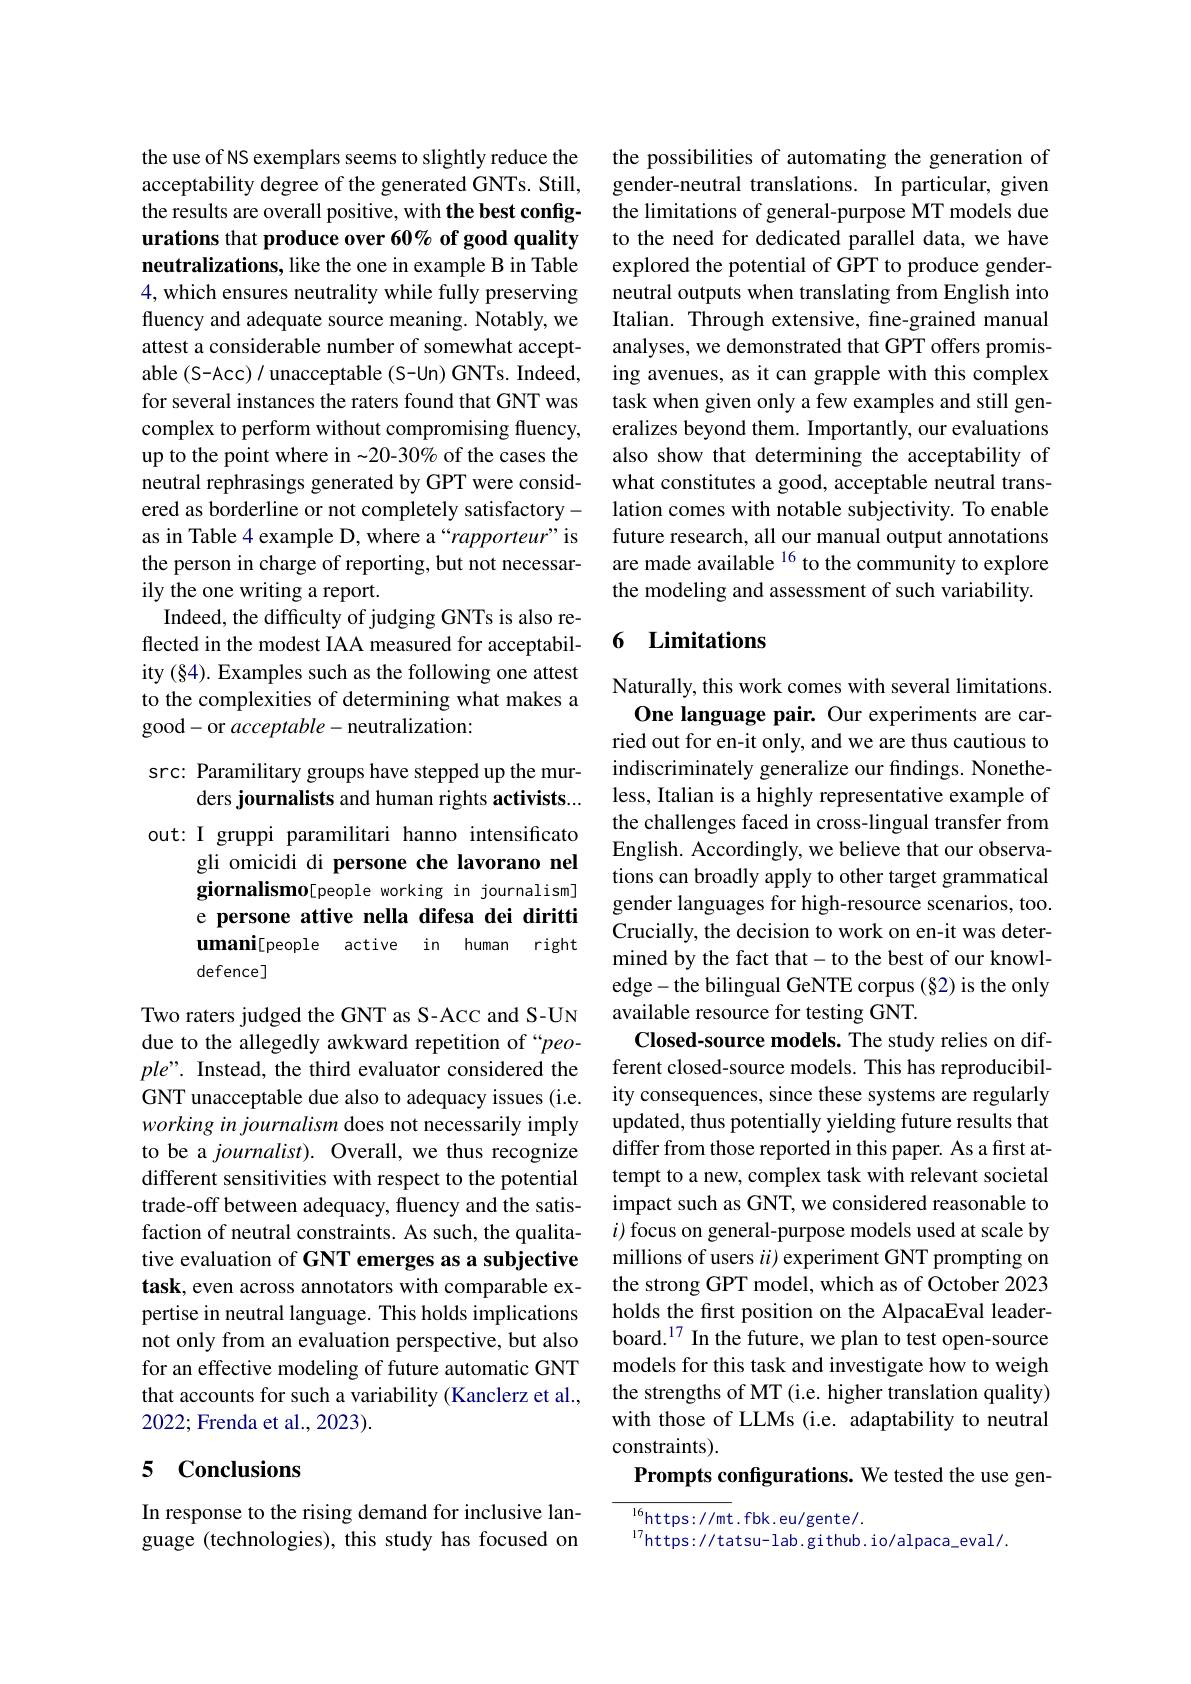
the use of NS exemplars seems to slightly reduce the acceptability degree of the generated GNTs. Still, the results are overall positive, with the best configurations that produce over 60% of good quality neutralizations, like the one in example B in Table 4, which ensures neutrality while fully preserving fluency and adequate source meaning. Notably, we attest a considerable number of somewhat acceptable (S-Acc) / unacceptable (S-Un) GNTs. Indeed, for several instances the raters found that GNT was complex to perform without compromising fluency, up to the point where in -20-30% of the cases the neutral rephrasings generated by GPT were considered as borderline or not completely satisfactoryas in Table 4 example D, where a“rapporteur” is the person in charge of reporting, but not necessarily the one writing a report.
Indeed, the difficulty of judging GNTs is also reflected in the modest IAA measured for acceptability (§4). Examples such as the following one attest to the complexities of determining what makes a good- or acceptable- neutralization:

src: Paramilitary groups have stepped up the mur-
ders journalists and human rights activists...

out: I gruppi paramilitari hanno intensificato
gli omicidi di persone che lavorano nel giornalismo[people working in journalism] e persone attive nella difesa dei diritti umani[people active in human right defence]

Two raters judged the GNT as S-Acc and S-UN due to the allegedly awkward repetition of “peo- $ple”.$ Instead, the third evaluator considered the GNT unacceptable due also to adequacy issues (i.e. working in journalism does not necessarily imply to be a journalist). Overall, we thus recognize different sensitivities with respect to the potential trade-off between adequacy, fluency and the satisfaction of neutral constraints. As such, the qualitative evaluation of GNT emerges as a subjective task, even across annotators with comparable expertise in neutral language. This holds implications not only from an evaluation perspective, but also for an effective modeling of future automatic GNT that accounts for such a variability (Kanclerz et al., 2022; Frenda et al., 2023).

## 5 Conclusions

In response to the rising demand for inclusive language (technologies), this study has focused on

the possibilities of automating the generation of gender-neutral translations. In particular, given the limitations of general-purpose MT models due to the need for dedicated parallel data, we have explored the potential of GPT to produce genderneutral outputs when translating from English into Italian. Through extensive, fine-grained manual analyses, we demonstrated that GPT offers promising avenues, as it can grapple with this complex task when given only a few examples and still generalizes beyond them. Importantly, our evaluations also show that determining the acceptability of what constitutes a good, acceptable neutral translation comes with notable subjectivity. To enable future research, all our manual output annotations are made available $^{16}$ to the community to explore the modeling and assessment of such variability.

## 6 Limitations

Naturally, this work comes with several limitations.
One language pair. Our experiments are carried out for en-it only, and we are thus cautious to indiscriminately generalize our findings. Nonetheless, Italian is a highly representative example of the challenges faced in cross-lingual transfer from English. Accordingly, we believe that our observations can broadly apply to other target grammatical gender languages for high-resource scenarios, too. Crucially, the decision to work on en-it was determined by the fact that- to the best of our knowledge- the bilingual GeNTE corpus (§2) is the only available resource for testing GNT.
Closed-source models. The study relies on different closed-source models. This has reproducibility consequences, since these systems are regularly updated, thus potentially yielding future results that differ from those reported in this paper. As a first attempt to a new, complex task with relevant societal impact such as GNT, we considered reasonable to $i$) focus on general-purpose models used at scale by millions of users $ii$) experiment GNT prompting on the strong GPT model, which as of October 2023 holds the first position on the AlpacaEval leaderboard.$^{17}$ In the future, we plan to test open-source models for this task and investigate how to weigh the strengths of MT (i.e. higher translation quality) with those of LLMs (i.e. adaptability to neutral constraints).
Prompts configurations. We tested the use gen-
${\frac{16}{\mathrm{https://mt}}.\mathrm{fbk.eu/gente/.}}$

$^{17}$https://tatsu-lab.github.io/alpaca\_eval/.